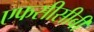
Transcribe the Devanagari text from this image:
एफसीसीबी